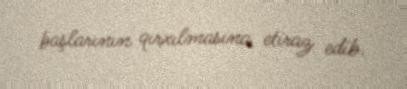
başlarının qırxılmasına etiraz edib.